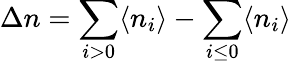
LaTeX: \Delta n=\sum_{i>0}\langle n_{i}\rangle-\sum_{i\leq 0}\langle n_{i}\rangle